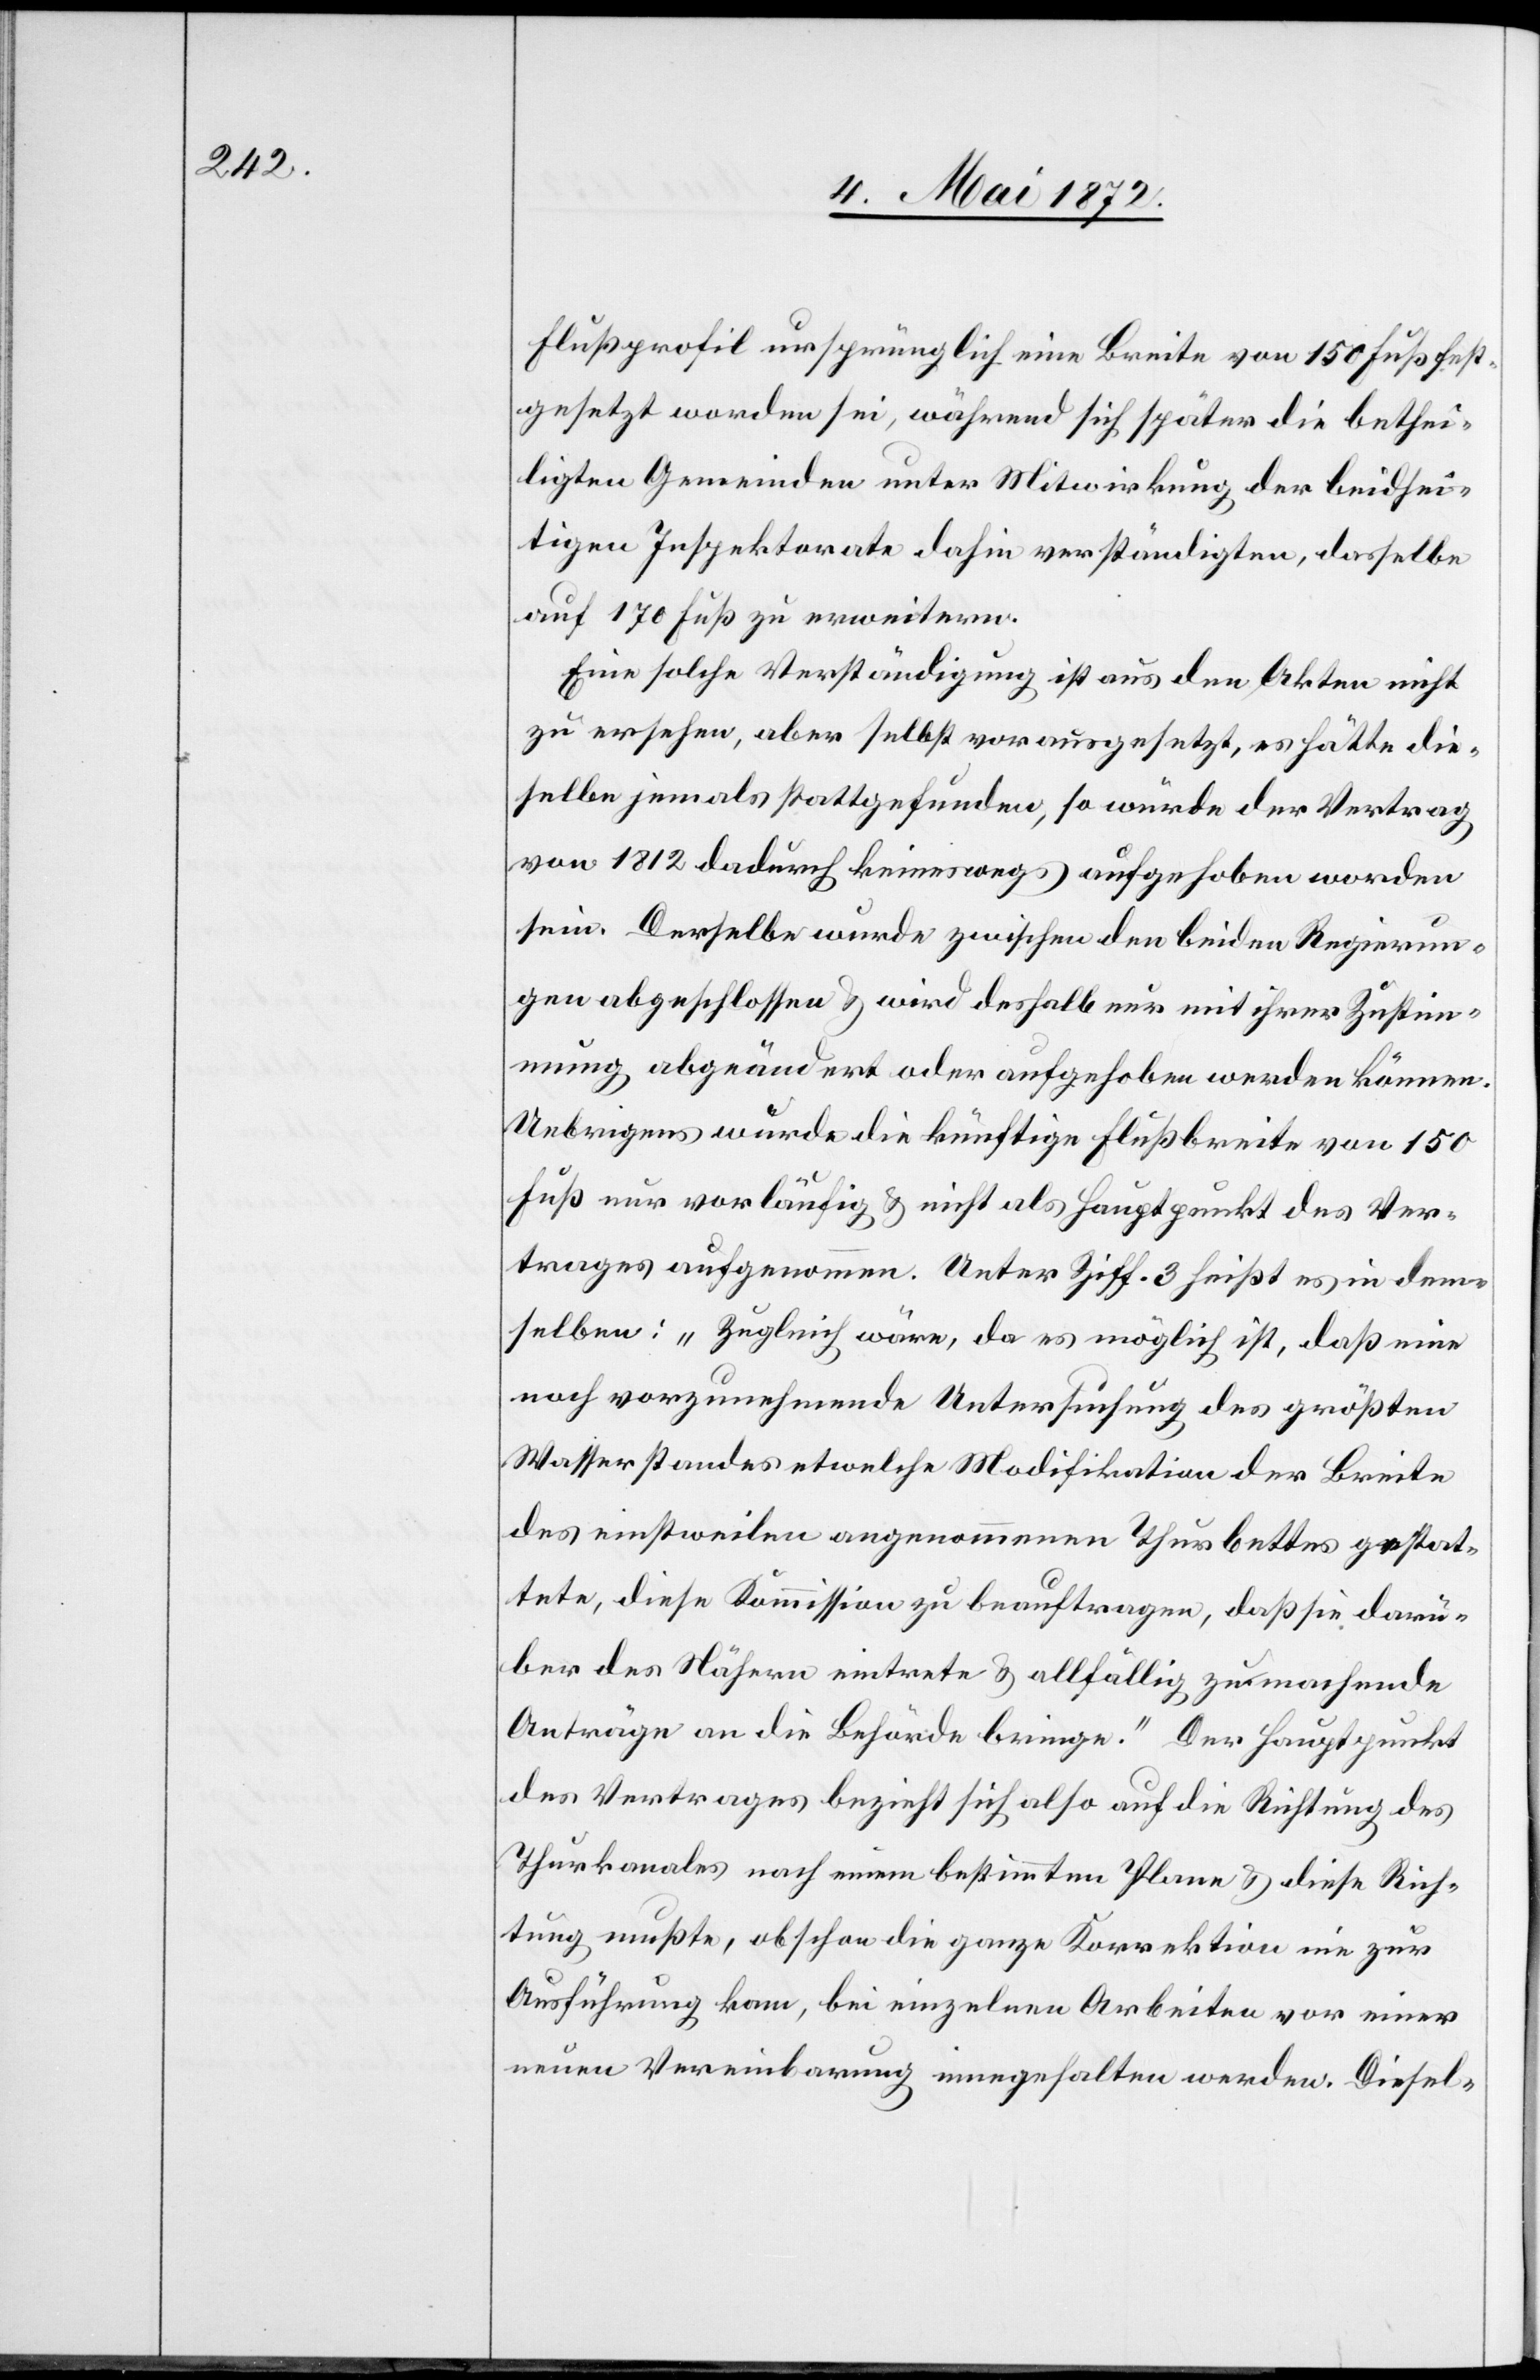
Flußprofil ursprünglich eine Breite von 150 Fuß fest¬
gesetzt worden sei, während sich später die bethei¬
ligten Gemeinden unter Mitwirkung der beidsei¬
tigen Inspektorate dahin verständigten, dasselbe
auf 170 Fuß zu erweitern.
Eine solche Verständigung ist aus den Akten nicht
zu ersehen, aber selbst vorausgesetzt, es hätte die¬
selbe jemals stattgefunden, so würde der Vertrag
von 1812 dadurch keineswegs aufgehoben worden
sein. Derselbe wurde zwischen den beiden Regierun¬
gen abgeschlossen u. wird deshalb nur mit ihrer Zustim¬
mung abgeändert oder aufgehoben werden können.
Uebrigens wurde die künftige Flußbreite von 150
Fuß nur vorläufig u. nicht als Hauptpunkt des Ver¬
trages aufgenommen. Unter Ziff. 3 heißt es in dem¬
selben: „Zugleich wäre, da es möglich ist, daß eine
noch vorzunehmende Untersuchung des größten
Wasserstandes etwelche Modifikationen der Breite
des einstweilen angenommenen Thurbettes gesta¬
tte, diese Kommission zu beauftragen, daß sie darü¬
ber des Nähern eintrete u. allfällig zu machende
Anträge an die Behörde bringe.“ Der Hauptpunkt
des Vertrages bezieht sich also auf die Richtung des
Thurkanales nach einem bestimmten Plane u. diese Rich¬
tung mußte, obschon die ganze Korrektion nie zur
Ausführung kam, bei einzelnen Arbeiten vor einer
neuen Vereinbarung innegehalten werden. Diesel-